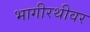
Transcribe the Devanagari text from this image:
भागीरथीवर